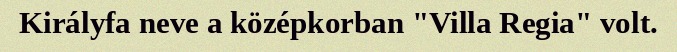
Királyfa neve a középkorban "Villa Regia" volt.